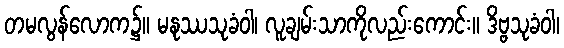
တမလွန်လောက၌။ မနုဿသုခံဝါ၊ လူချမ်းသာကိုလည်းကောင်း။ ဒိဗ္ဗသုခံဝါ၊